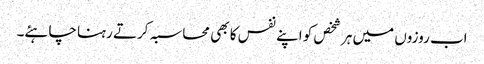
اب روزوں میں ہر شخص کو اپنے نفس کا بھی محاسبہ کرتے رہنا چاہئے۔